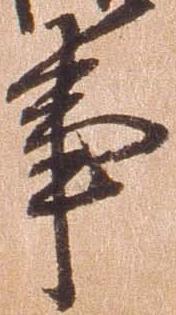
事